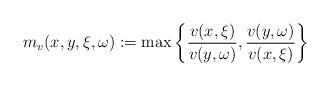
\begin{align*} m_v(x,y,\xi,\omega) := \max \left\{\frac{v(x,\xi)}{v(y,\omega)},\frac{v(y,\omega)}{v(x,\xi)}\right\} \end{align*}